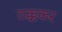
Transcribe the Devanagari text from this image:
ठक्ककर